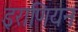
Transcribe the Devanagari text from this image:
इराणियन